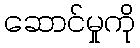
ဆောင်မှုကို